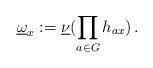
LaTeX: \begin{align*}\underline{\omega}_x:=\underline{\nu}(\prod_{a\in G}h_{ax})\,.\end{align*}